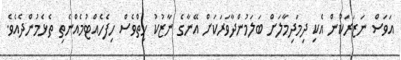
އަވަސް ނަޒަރަކުން އެކި ދިމަދިމާލަށް ބަލަމުންދާވަރަކަށް އޭނާގެ ނާޒުކު ހިތްވެސް ހިފެހެއްޓުމެއްނެތި ތެޅެމުންދެއެވެ.